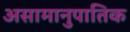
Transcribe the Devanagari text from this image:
असामानुपातिक